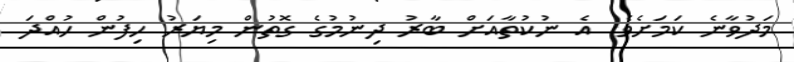
މަދުވާނެ ކަމަށެވެ. އެ ނުކުތާއަށް ބާރު ދިނުމުގެ ގޮތުން މިޔަރު ހިފުން ހުއްދަ